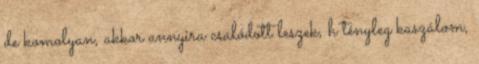
de komolyan, akkor annyira csalódott leszek, h tényleg kaszálom,